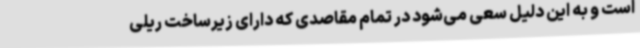
است و به این دلیل سعی می‌شود در تمام مقاصدی که دارای زیرساخت ریلی